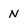
Character: N